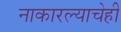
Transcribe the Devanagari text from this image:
नाकारल्याचेही